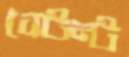
স্টেন্ট